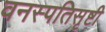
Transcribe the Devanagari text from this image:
वनस्पतिसृष्टी